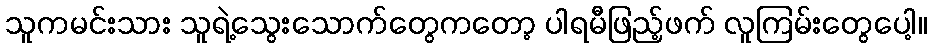
သူကမင်းသား သူရဲ့သွေးသောက်တွေကတော့ ပါရမီဖြည့်ဖက် လူကြမ်းတွေပေါ့။